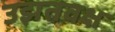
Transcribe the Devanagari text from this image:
उझतवक्ष